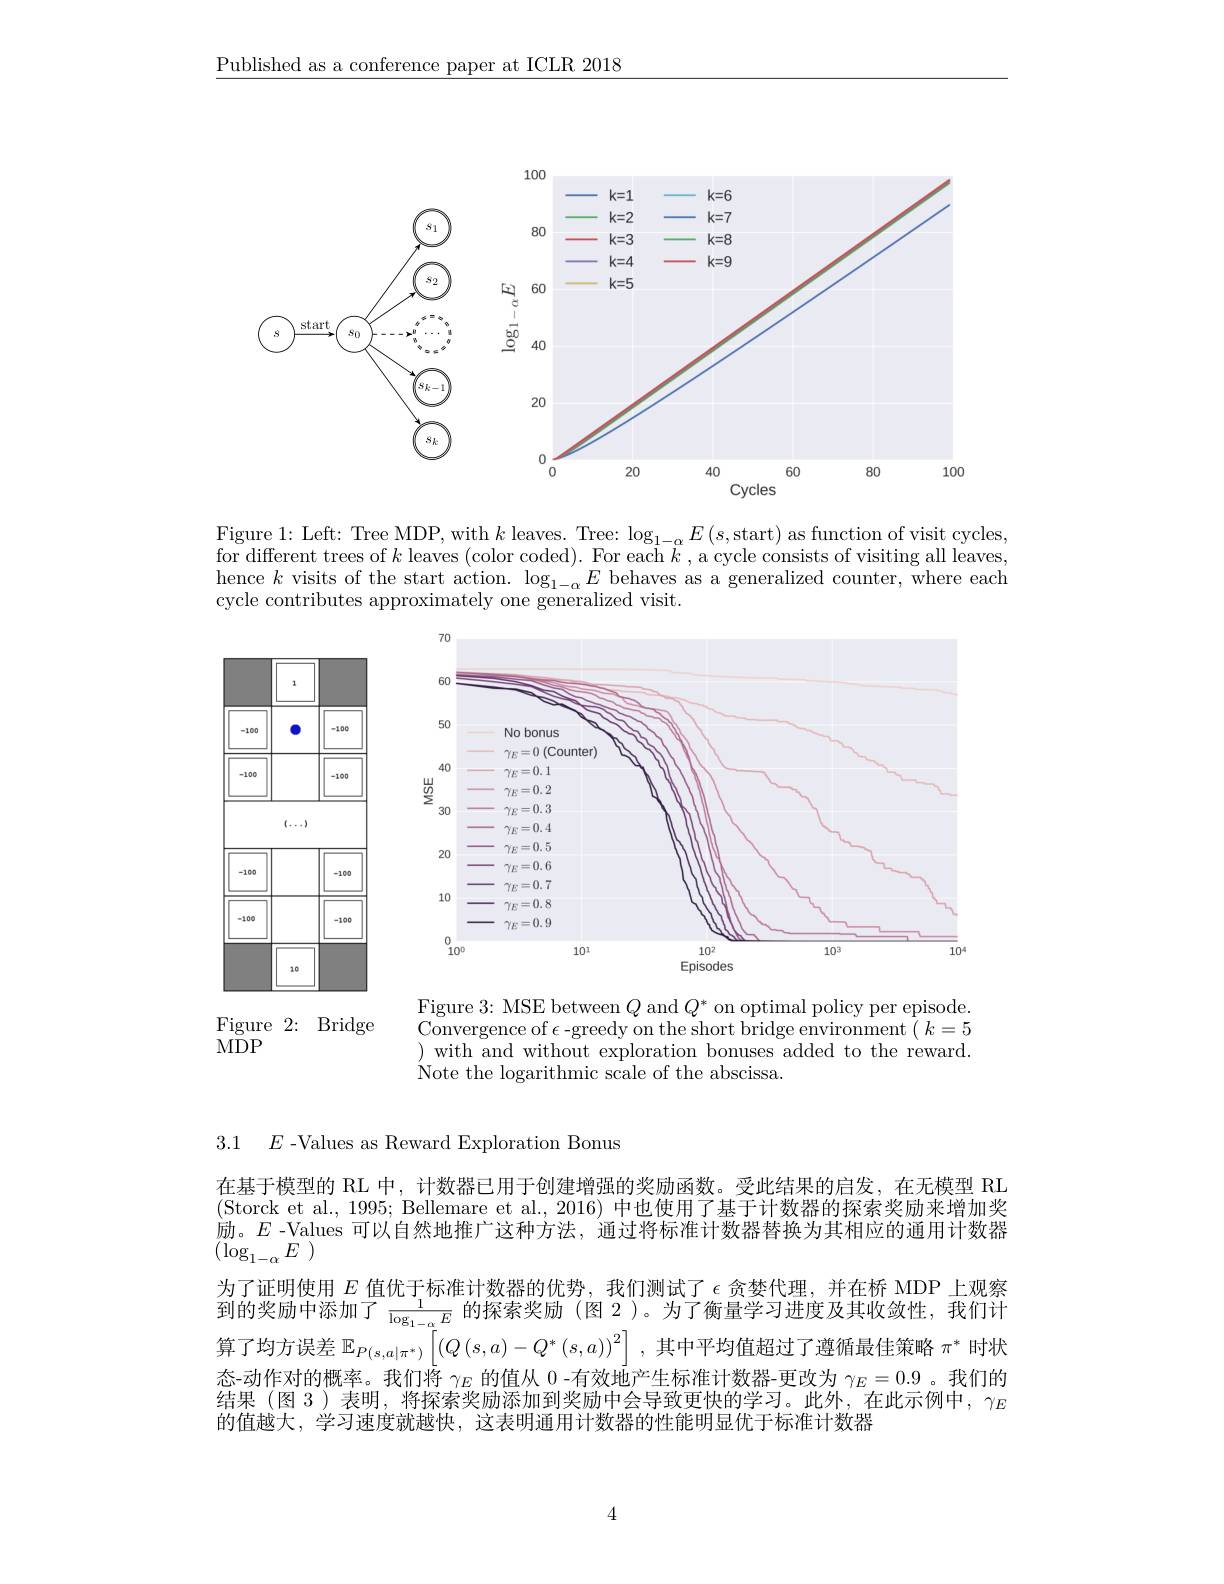
$\underline{\text{Published as a conference paper at ICLR 2018}}$

<FigureHere>

Figure 1: Left: Tree MDP, with $k$ leaves. Tree: $\log_1-\alpha E\left(s,\text{start}\right)$ as function of visit cycles, for different trees of $k$ leaves (color coded). For each $\bar{k}$,a cycle consists of visiting all leaves, $\begin{array}{c}\text{hence }k&\text{visits of the start action. }\log_{1-\alpha}E&\text{behaves as a generalized counter, where each}\\\text{hence }k&\text{visits of the start action. }\log_{1-\alpha}E&\text{behaves as a generalized counter, where each}\end{array}$ cycle contributes approximately one generalized visit.

<FigureHere>

<FigureHere>

Figure 2: Bridge
MDP

$\underset{C}{\operatorname*{\mathrm{Figure~3:~MSE~between~}}}Q$ and $Q^*$ on optimal policy per episode. Convergence of $\epsilon$-greedy on the short bridge environment $(k=5$ ) with and without exploration bonuses added to the reward. Note the logarithmic scale of the abscissa.

3.1

$E$ -Values as Reward Exploration Bonus

在基于模型的 RL 中，计数器已用于创建增强的奖励函数。受此结果的启发，在无模型 RL (Storck et al., 1995; Bellemare et al., 2016) 中也使用了基于计数器的探索奖励来增加奖励。$E$ -Values 可以自然地推广这种方法，通过将标准计数器替换为其相应的通用计数器$( \log _{1- \alpha }E$ )
为了证明使用$E$值优于标准计数器的优势，我们测试了$\epsilon$贪婪代理，并在桥 MDP 上观察到的奖励中添加了$\frac1{\log_1-\alpha}$i的探索奖励(图2)。为了衡量学习进度及其收敛性，我们计算了均方误差$\mathbb{E}_P(s,a|\pi^*)\left[\left(Q\left(s,a\right)-Q^*\left(s,a\right)\right)^2\right]$,其中平均值超过了遵循最佳策略$\pi^*$时状态-动作对的概率。我们将$\gamma_E$的值从 0 -有效地产生标准计数器-更改为$\gamma_E=0.9$ 。我们的结果(图 3)表明，将探索奖励添加到奖励中会导致更快的学习。此外，在此示例中，$\gamma_E$ 的值越大，学习速度就越快，这表明通用计数器的性能明显优于标准计数器

4